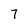
Character: 7